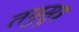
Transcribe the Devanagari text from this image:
तनुसूत्र